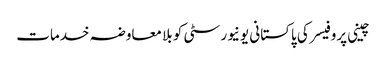
چینی پروفیسر کی پاکستانی یونیورسٹی کو بلا معاوضہ خدمات